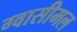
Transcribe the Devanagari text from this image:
ग्वासीमल